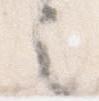
之